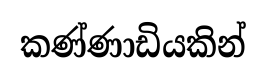
කණ්ණාඩියකින්